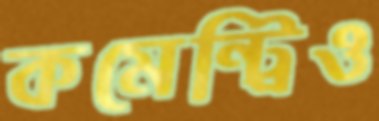
কমেন্ট্রিও